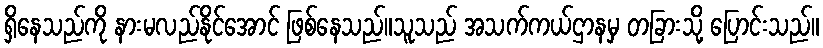
ရှိနေသည်ကို နားမလည်နိုင်အောင် ဖြစ်နေသည်။သူသည် အသက်ကယ်ဌာနမှ တခြားသို့ ပြောင်းသည်။